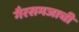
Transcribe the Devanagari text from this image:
गैरसमजाची